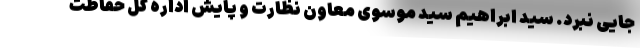
جایی نبرد. سید ابراهیم سید موسوی معاون نظارت و پایش اداره کل حفاظت